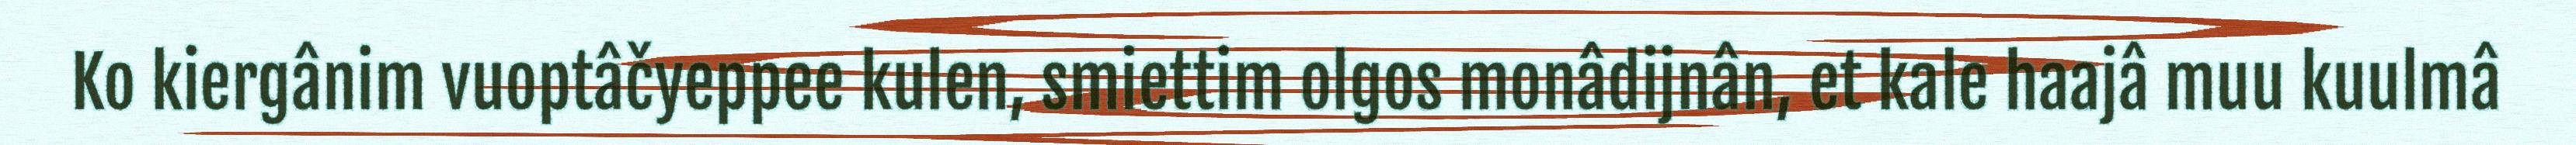
Ko kiergânim vuoptâčyeppee kulen, smiettim olgos monâdijnân, et kale haajâ muu kuulmâ